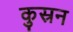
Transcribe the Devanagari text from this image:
कुस्रन